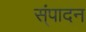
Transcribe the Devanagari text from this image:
स्ंपादन